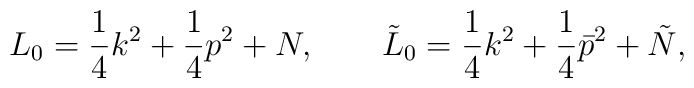
L_0 =\frac{1}{4}k^2+\frac{1}{4}p^2+N, \qquad\tilde{ L}_0 = \frac{1}{4}k^2+\frac{1}{4}\bar{p}^2+\tilde{ N},